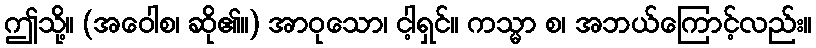
ဤသို့။ (အဝေါစ၊ ဆို၏။) အာဝုသော၊ ငါ့ရှင်။ ကသ္မာ စ၊ အဘယ်ကြောင့်လည်း။